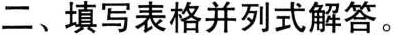
二、填写表格并列式解答。